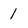
Character: 1